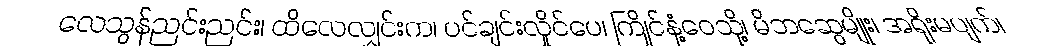
လေသွန်ညင်းညင်း၊ ထိလေလျှင်းက၊ ပင်ချင်းလှိုင်ပေ၊ ကြိုင်နံ့ဝေသို့၊ မိဘဆွေမျိုး၊ အရိုးမပျက်၊